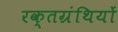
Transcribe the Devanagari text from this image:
रक्तग्रंथियों